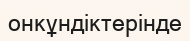
онкұндіктерінде